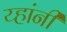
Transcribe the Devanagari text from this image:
य्हांनी